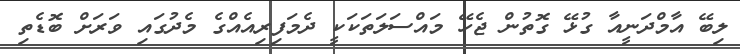
ލިބޭ އާމްދަނީއާ ގުޅޭ ގޮތުން ޖެހޭ މައްސަލަތަކަކީ ދެމަފިރިއެއްގެ މެދުގައި ވަރަށް ބޮޑެތި